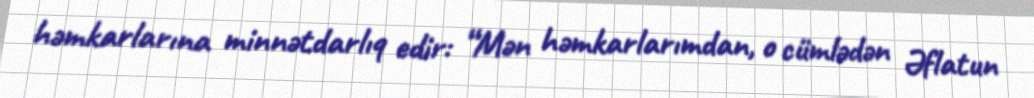
həmkarlarına minnətdarlıq edir: “Mən həmkarlarımdan, o cümlədən Əflatun